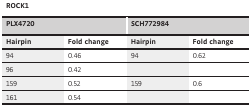
<table><thead><tr><td colspan="4"><b>ROCK1</b></td></tr><tr><td colspan="2"><b>PLX4720</b></td><td colspan="2"><b>SCH772984</b></td></tr><tr><td><b>Hairpin</b></td><td><b>Fold change</b></td><td><b>Hairpin</b></td><td><b>Fold change</b></td></tr></thead><tbody><tr><td>94</td><td>0.46</td><td>94</td><td>0.62</td></tr><tr><td>96</td><td>0.42</td><td></td><td></td></tr><tr><td>159</td><td>0.52</td><td>159</td><td>0.6</td></tr><tr><td>161</td><td>0.54</td><td></td><td></td></tr></tbody></table>